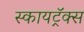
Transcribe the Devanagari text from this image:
स्कायट्रॅक्स